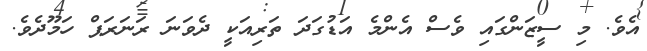
އެވެ. މި ސީޒަންގައި ވެސް އެންމެ އަޑުގަދަ ތަރިއަކީ ދެވަނަ ރަނަރަޕް ހަމޫދެވެ.